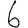
Digit: 6